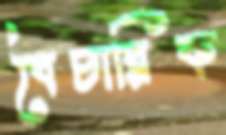
বৈচারিক